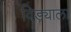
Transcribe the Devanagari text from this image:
विड्याला